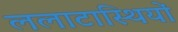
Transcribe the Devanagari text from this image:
ललाटास्थियों